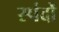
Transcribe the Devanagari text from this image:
स्‍पंदों